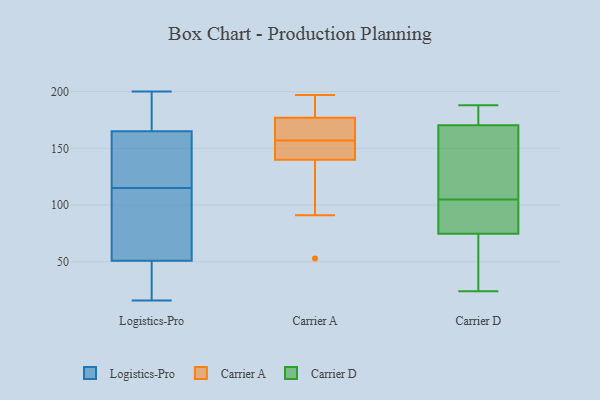
{"axis": {"x": "Page Views", "y": "Value"}, "legend": ["Carrier A", "Carrier D", "Logistics-Pro"], "data": [{"x": "", "y": 200, "type": "Logistics-Pro"}, {"x": "", "y": 17, "type": "Logistics-Pro"}, {"x": "", "y": 165, "type": "Logistics-Pro"}, {"x": "", "y": 95, "type": "Logistics-Pro"}, {"x": "", "y": 135, "type": "Logistics-Pro"}, {"x": "", "y": 196, "type": "Logistics-Pro"}, {"x": "", "y": 51, "type": "Logistics-Pro"}, {"x": "", "y": 135, "type": "Logistics-Pro"}, {"x": "", "y": 66, "type": "Logistics-Pro"}, {"x": "", "y": 16, "type": "Logistics-Pro"}, {"x": "", "y": 53, "type": "Carrier A"}, {"x": "", "y": 143, "type": "Carrier A"}, {"x": "", "y": 172, "type": "Carrier A"}, {"x": "", "y": 180, "type": "Carrier A"}, {"x": "", "y": 174, "type": "Carrier A"}, {"x": "", "y": 156, "type": "Carrier A"}, {"x": "", "y": 190, "type": "Carrier A"}, {"x": "", "y": 158, "type": "Carrier A"}, {"x": "", "y": 197, "type": "Carrier A"}, {"x": "", "y": 91, "type": "Carrier A"}, {"x": "", "y": 137, "type": "Carrier A"}, {"x": "", "y": 151, "type": "Carrier A"}, {"x": "", "y": 184, "type": "Carrier D"}, {"x": "", "y": 186, "type": "Carrier D"}, {"x": "", "y": 177, "type": "Carrier D"}, {"x": "", "y": 168, "type": "Carrier D"}, {"x": "", "y": 79, "type": "Carrier D"}, {"x": "", "y": 24, "type": "Carrier D"}, {"x": "", "y": 46, "type": "Carrier D"}, {"x": "", "y": 107, "type": "Carrier D"}, {"x": "", "y": 92, "type": "Carrier D"}, {"x": "", "y": 75, "type": "Carrier D"}, {"x": "", "y": 105, "type": "Carrier D"}, {"x": "", "y": 118, "type": "Carrier D"}, {"x": "", "y": 74, "type": "Carrier D"}, {"x": "", "y": 73, "type": "Carrier D"}, {"x": "", "y": 150, "type": "Carrier D"}, {"x": "", "y": 188, "type": "Carrier D"}, {"x": "", "y": 96, "type": "Carrier D"}]}